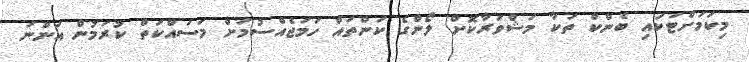
މިކަމަށްޓަކައި ބެންކް ތަކާ މަޝްވަރާކޮށް ލޯންގެ ކަންތައް ހަމަޖެއްސުމަށް މަސައްކަތް ކުރަމުން އަންނަ